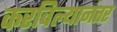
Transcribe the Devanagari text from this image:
करविल्यानंतर